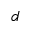
d